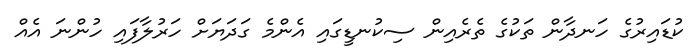
ކުޑައިރުގެ ހަނދާން ތަކުގެ ތެރެއިން ސިކުނޑީގައި އެންމެ ގަދަޔަށް ހަރުލާފައި ހުންނަ އެއް